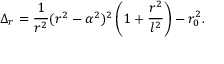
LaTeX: \Delta _ { r } = { \frac { 1 } { r ^ { 2 } } } ( r ^ { 2 } - \alpha ^ { 2 } ) ^ { 2 } \left( 1 + { \frac { r ^ { 2 } } { l ^ { 2 } } } \right) - r _ { 0 } ^ { 2 } .